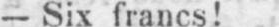
- Six francs!